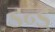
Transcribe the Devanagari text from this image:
डन्ड